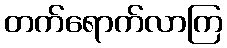
တက်ရောက်လာကြ